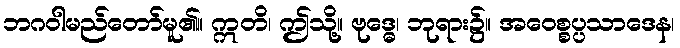
ဘဂဝါမည်တော်မူ၏။ ဣတိ၊ ဤသို့။ ဗုဒ္ဓေ၊ ဘုရား၌။ အဝေစ္စပ္ပသာဒေန၊